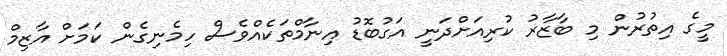
މީގެ އިތުރުން މި ބާޒާރު ކުރިއަށްދަނީ އަގުބޮޑު އިނާމްތަކެއްވެސް ހިމެނިގެން ކަމަށް އާޒިމް